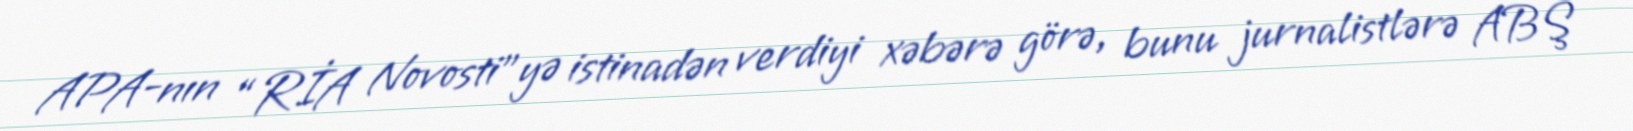
APA-nın “RİA Novosti”yə istinadən verdiyi xəbərə görə, bunu jurnalistlərə ABŞ